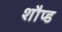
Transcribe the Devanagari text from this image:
शौप्ड